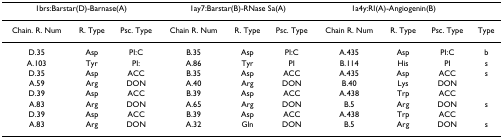
<table><thead><tr><td colspan="3"><b>1brs:Barstar(D)-Barnase(A)</b></td><td colspan="3"><b>1ay7:Barstar(B)-RNase Sa(A)</b></td><td colspan="3"><b>1a4y:RI(A)-Angiogenin(B)</b></td><td></td></tr></thead><tbody><tr><td>Chain. R. Num</td><td>R. Type</td><td>Psc. Type</td><td>Chain R. Num</td><td>R. Type</td><td>Psc. Type</td><td>Chain R. Num</td><td>R. Type</td><td>Psc. Type</td><td>Type</td></tr><tr><td>D.35</td><td>Asp</td><td>PI:C</td><td>B.35</td><td>Asp</td><td>PI:C</td><td>A.435</td><td>Asp</td><td>PI:C</td><td>b</td></tr><tr><td>A.103</td><td>Tyr</td><td>PI:</td><td>A.86</td><td>Tyr</td><td>PI</td><td>B.114</td><td>His</td><td>PI</td><td>s</td></tr><tr><td>D.35</td><td>Asp</td><td>ACC</td><td>B.35</td><td>Asp</td><td>ACC</td><td>A.435</td><td>Asp</td><td>ACC</td><td>s</td></tr><tr><td>A.59</td><td>Arg</td><td>DON</td><td>A.40</td><td>Arg</td><td>DON</td><td>B.40</td><td>Lys</td><td>DON</td><td></td></tr><tr><td>D.39</td><td>Asp</td><td>ACC</td><td>B.39</td><td>Asp</td><td>ACC</td><td>A.438</td><td>Trp</td><td>ACC</td><td></td></tr><tr><td>A.83</td><td>Arg</td><td>DON</td><td>A.65</td><td>Arg</td><td>DON</td><td>B.5</td><td>Arg</td><td>DON</td><td>s</td></tr><tr><td>D.39</td><td>Asp</td><td>ACC</td><td>B.39</td><td>Asp</td><td>ACC</td><td>A.438</td><td>Trp</td><td>ACC</td><td></td></tr><tr><td>A.83</td><td>Arg</td><td>DON</td><td>A.32</td><td>Gln</td><td>DON</td><td>B.5</td><td>Arg</td><td>DON</td><td>s</td></tr></tbody></table>